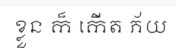
ខ្លួន ក៏ កើត ភ័យ